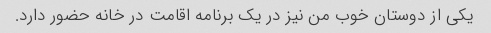
یکی از دوستان خوب من نیز در یک برنامه اقامت در خانه حضور دارد.